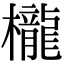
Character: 櫳